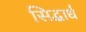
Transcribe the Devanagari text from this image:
सिद्धार्ध